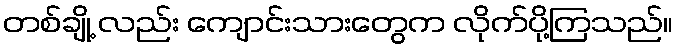
တစ်ချို့ လည်း ကျောင်းသားတွေက လိုက်ပို့ကြသည်။